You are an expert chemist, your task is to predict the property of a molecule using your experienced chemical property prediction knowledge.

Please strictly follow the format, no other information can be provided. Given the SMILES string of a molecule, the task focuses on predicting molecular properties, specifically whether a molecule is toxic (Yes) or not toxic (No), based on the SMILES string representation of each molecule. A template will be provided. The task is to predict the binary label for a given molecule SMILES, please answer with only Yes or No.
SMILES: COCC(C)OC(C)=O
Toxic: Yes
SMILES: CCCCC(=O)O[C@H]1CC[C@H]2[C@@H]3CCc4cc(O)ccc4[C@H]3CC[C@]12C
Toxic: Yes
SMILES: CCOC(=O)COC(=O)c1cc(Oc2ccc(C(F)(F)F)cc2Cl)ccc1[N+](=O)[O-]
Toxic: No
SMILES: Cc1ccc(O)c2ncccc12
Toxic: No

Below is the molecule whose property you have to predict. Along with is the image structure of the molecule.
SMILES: CCC(C)CCCC(C)(C)O
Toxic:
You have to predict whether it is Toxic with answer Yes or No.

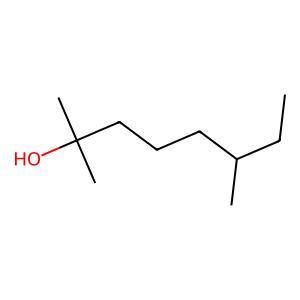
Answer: No